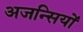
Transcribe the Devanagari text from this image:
अजन्सियों